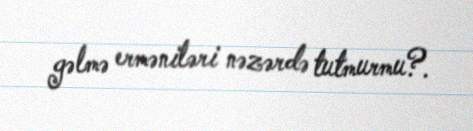
gəlmə erməniləri nəzərdə tutmurmu?.